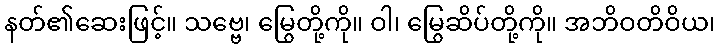
နတ်၏ဆေးဖြင့်။ သဗ္ဗေ၊ မြွေတို့ကို။ ဝါ၊ မြွေဆိပ်တို့ကို။ အဘိဝတိဝိယ၊